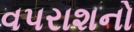
વપરાશનો